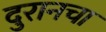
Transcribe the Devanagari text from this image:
दुरानचा